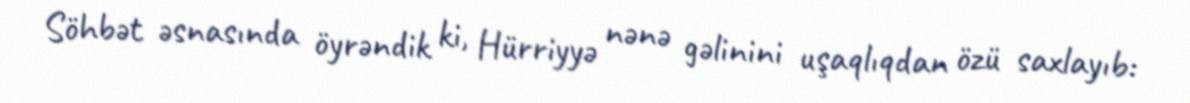
Söhbət əsnasında öyrəndik ki, Hürriyyə nənə gəlinini uşaqlıqdan özü saxlayıb: